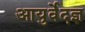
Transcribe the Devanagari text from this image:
आयुर्वेदज्ञ